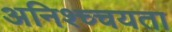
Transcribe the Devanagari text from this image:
अनिश्च्चयता